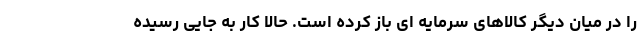
را در میان دیگر کالاهای سرمایه ای باز کرده است. حالا کار به جایی رسیده